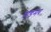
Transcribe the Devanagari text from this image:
वाङमय